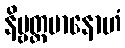
နိဗ္ဗတ္တမာနောဟံ